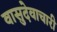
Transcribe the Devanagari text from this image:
वासुदेवाचारी